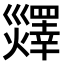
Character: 𤑹